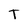
Character: T